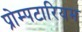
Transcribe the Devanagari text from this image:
प्रोम्पटारियम